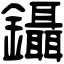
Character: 鑷